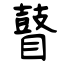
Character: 瞽